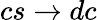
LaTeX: cs\to dc